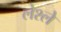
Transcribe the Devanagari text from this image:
लेश्ले